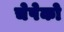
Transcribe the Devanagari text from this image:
चेपेको